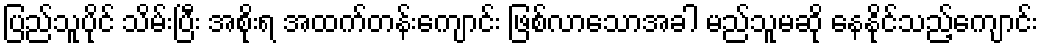
ပြည်သူပိုင် သိမ်းပြီး အစိုးရ အထက်တန်းကျောင်း ဖြစ်လာသောအခါ မည်သူမဆို နေနိုင်သည့်ကျောင်း